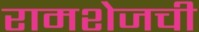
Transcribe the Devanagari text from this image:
रामशेजची